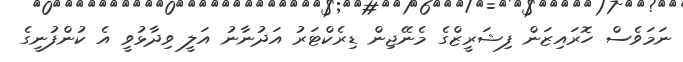
ނަމަވެސް ހޮރައިޒަން ފިޝަރީޒްގެ މެނޭޖިން ޑިރެކްޓަރު އަދުނާނު އަލީ ވިދާޅުވީ އެ ކުންފުނީގެ